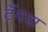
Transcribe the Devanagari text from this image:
टँगवा